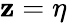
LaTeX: \mathbf{z}=\eta